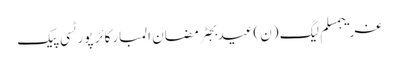
غریبمسلم لیگ (ن)عیدبجٹرمضان المبارکائر پورٹسی پیک